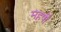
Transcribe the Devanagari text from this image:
महर्षी